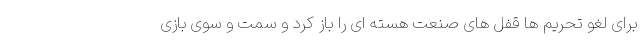
برای لغو تحریم ها قفل های صنعت هسته ای را باز کرد و سمت و سوی بازی